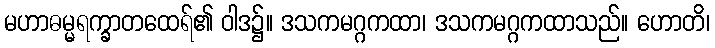
မဟာဓမ္မရက္ခာတထေရ်၏ ဝါဒ၌။ ဒသကမဂ္ဂကထာ၊ ဒသကမဂ္ဂကထာသည်။ ဟောတိ၊